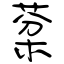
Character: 棻